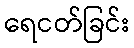
ရေငတ်ခြင်း